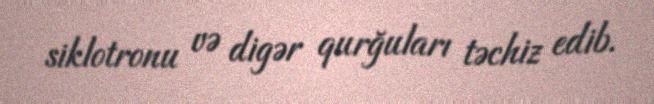
siklotronu və digər qurğuları təchiz edib.